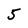
Character: 5